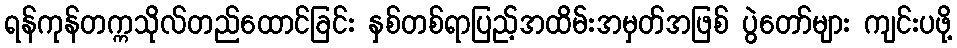
ရန်ကုန်တက္ကသိုလ်တည်ထောင်ခြင်း နှစ်တစ်ရာပြည့်အထိမ်းအမှတ်အဖြစ် ပွဲတော်များ ကျင်းပဖို့